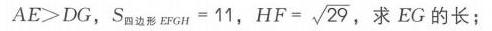
\(AE > DG\)，\(S_{四边形EFGH}=11\)，\(HF = \sqrt{29}\)，求 \(EG\) 的长；